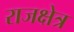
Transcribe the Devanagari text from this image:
राजक्षेत्र